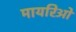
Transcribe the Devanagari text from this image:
मायरिओ